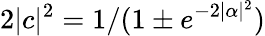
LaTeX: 2|c|^{2}=1/(1\pm e^{-2|\alpha|^{2}})